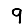
Digit: 9